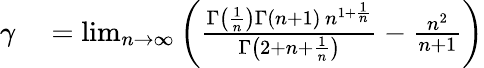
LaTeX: \begin{array}{rl}{\gamma}&{{}=\operatorname*{lim}_{n\to\infty}\left({\frac{\Gamma\left({\frac{1}{n}}\right)\Gamma(n+1)\, n^{1+{\frac{1}{n}}}}{\Gamma\left(2+n+{\frac{1}{n}}\right)}}-{\frac{n^{2}}{n+1}}\right)}\end{array}